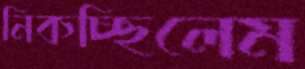
নিকচ্ছিলেম